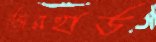
জেরহার্ড